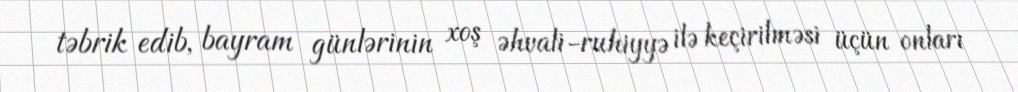
təbrik edib, bayram günlərinin xoş əhvali-ruhiyyə ilə keçirilməsi üçün onları